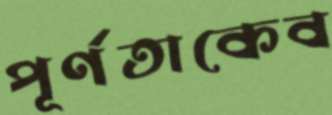
পূর্ণতাকেব